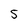
Character: 5